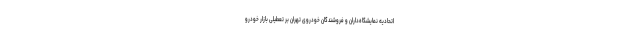
اتحادیه نمایشگاه‌داران و فروشندگان خودروی تهران بر تعطیلی بازار خودرو